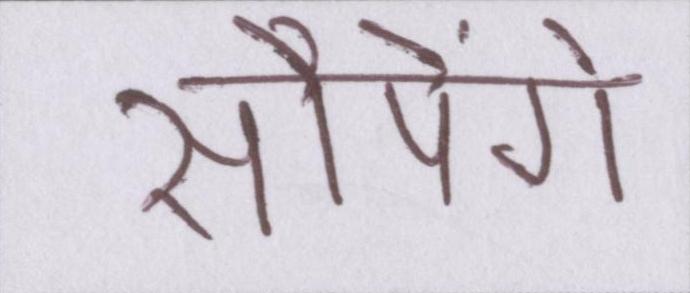
सौपेंगे